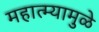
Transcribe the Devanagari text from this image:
महात्म्यामुळे